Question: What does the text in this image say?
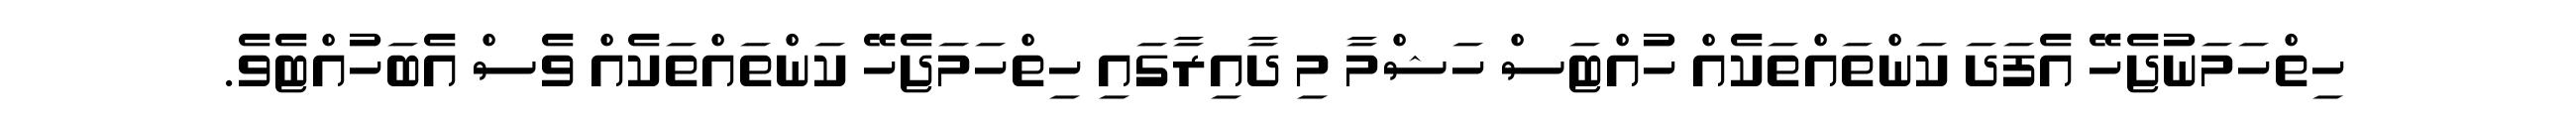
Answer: ހިތްހަމަނުޖެހޭ އެފަދަ ކަންތައްތަކެއް ހުއްޓަސް ހަޝްމާ މި ދާއިރާގައި ހިތްހަމަޖެހޭ ކަންތައްތަކެއް ވެސް އެބަހުއްޓެވެ.